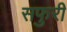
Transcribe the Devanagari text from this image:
सफुरी